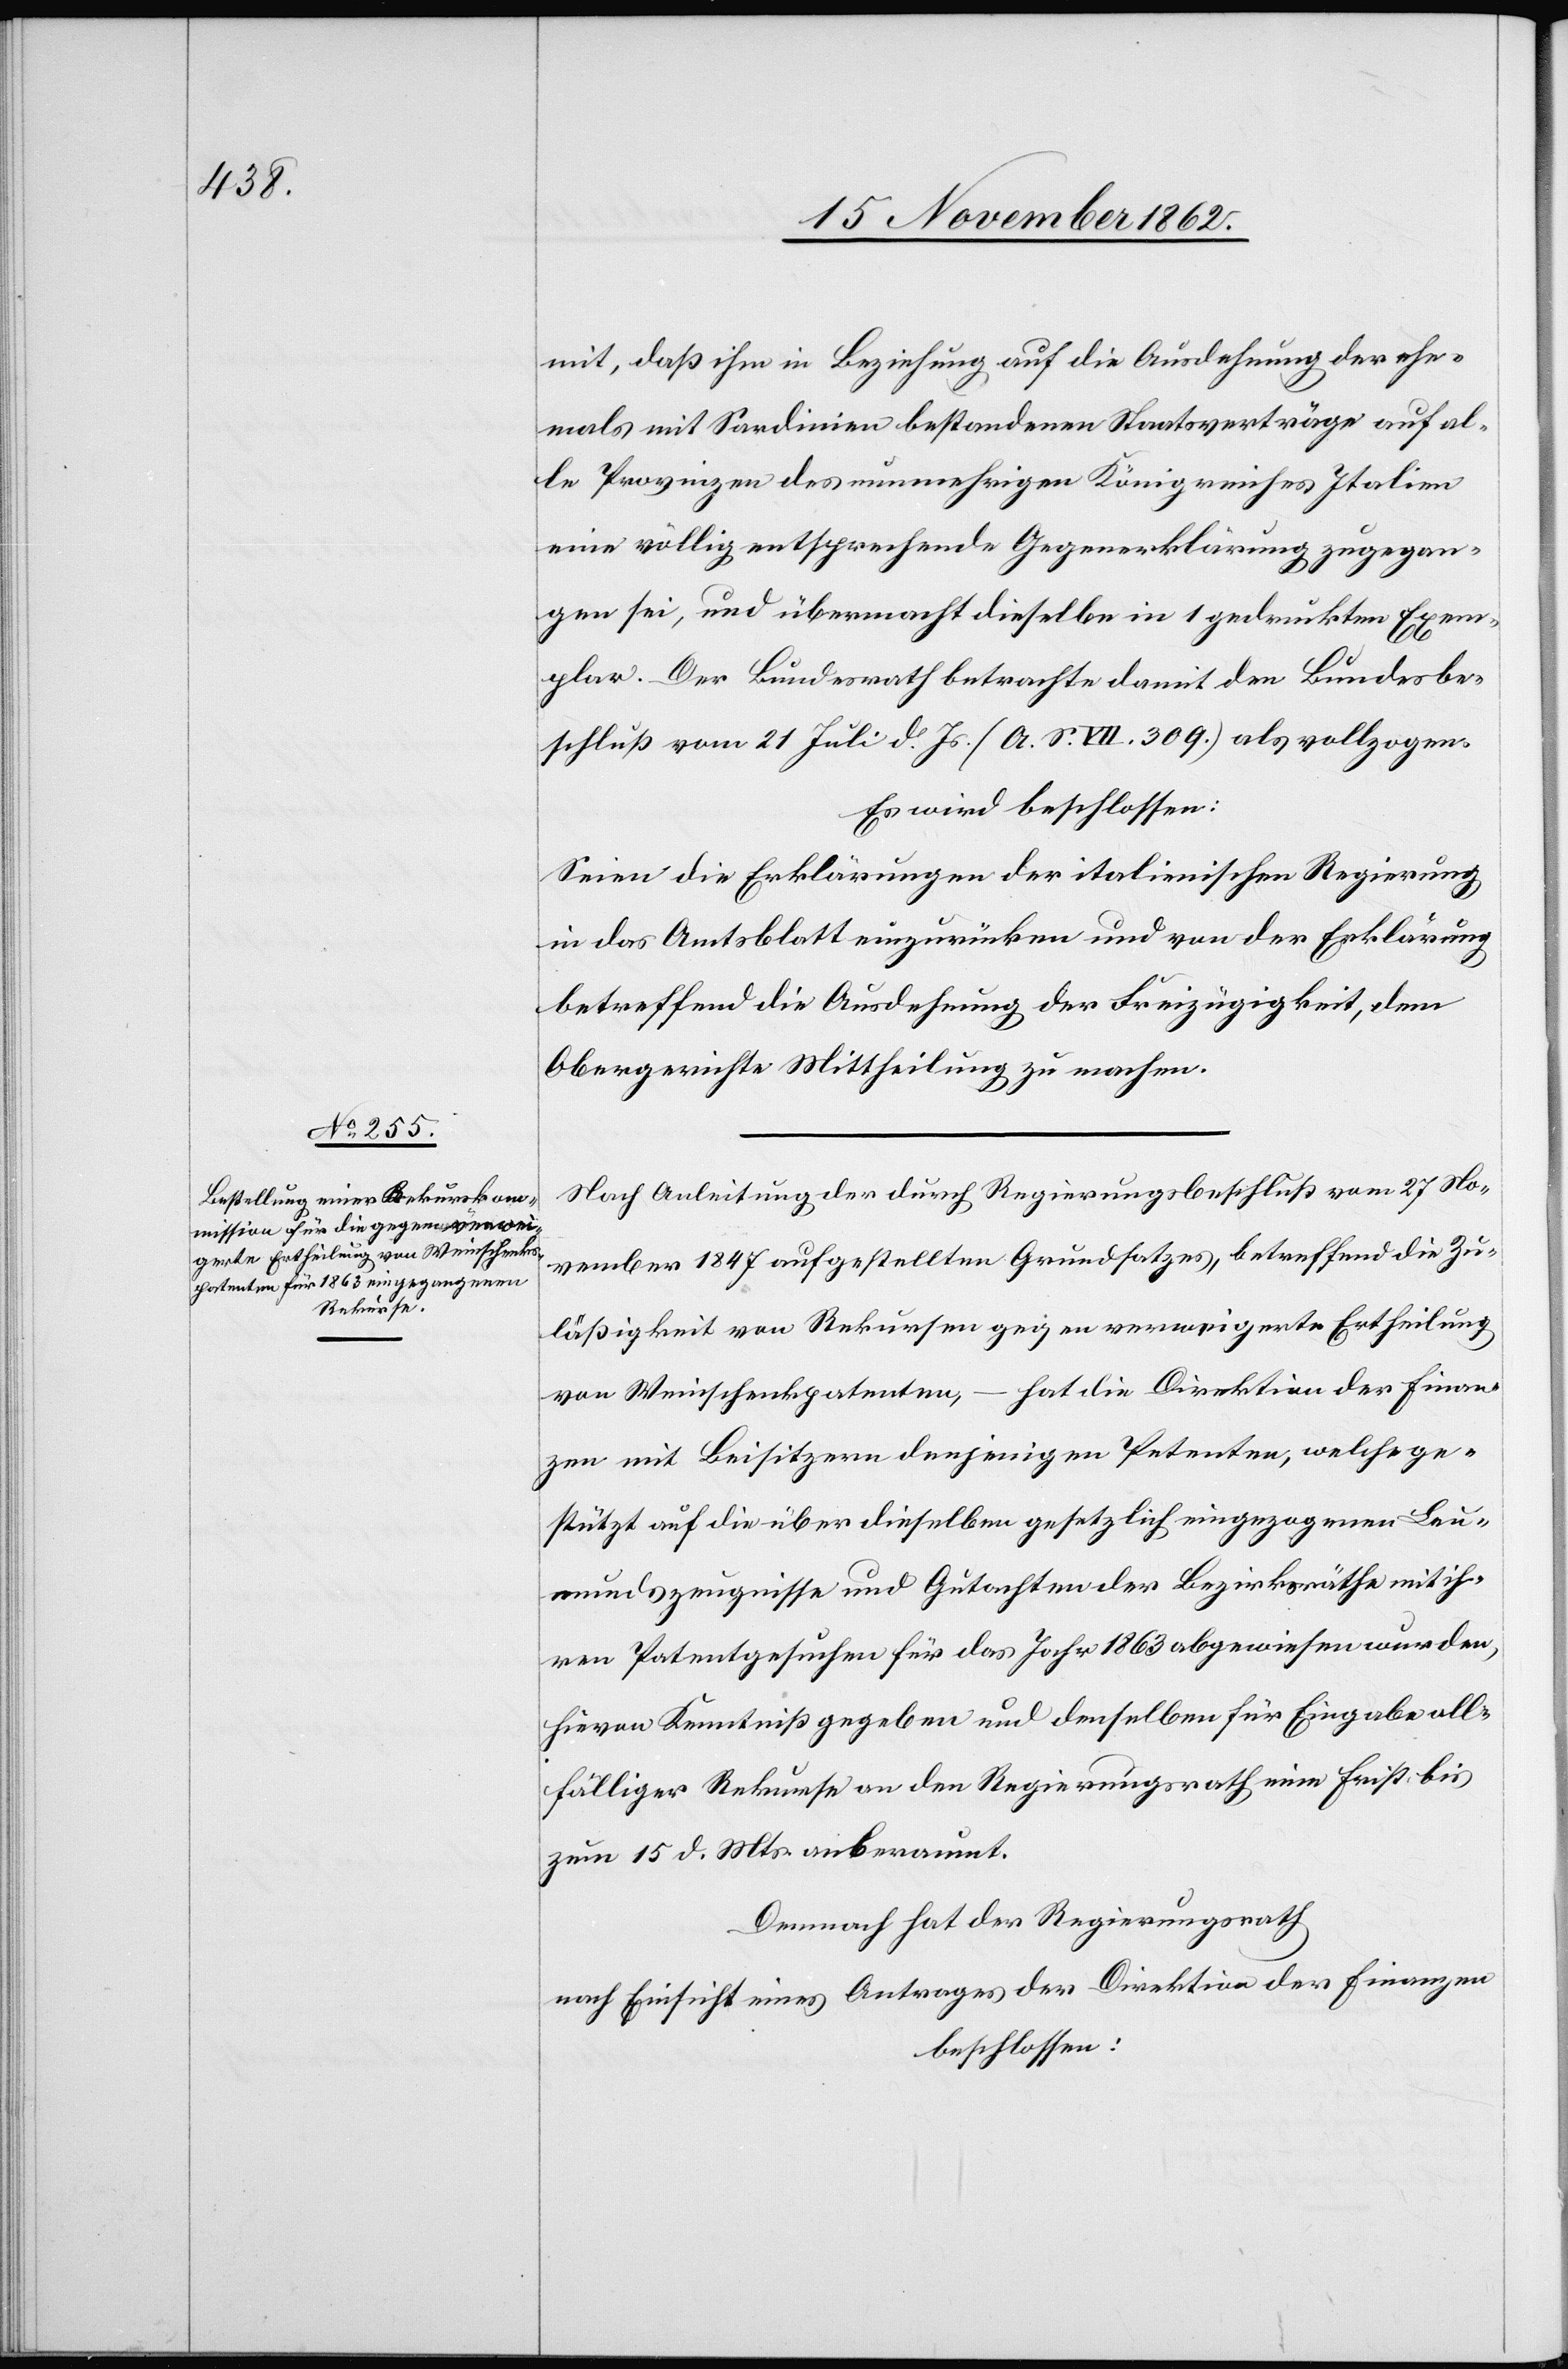
mit, daß ihm in Beziehung auf die Ausdehnung der ehe¬
mals mit Sardinien bestandenen Staatsverträge auf al¬
le Provinzen des nunmehrigen Königreiches Italien
eine völlig entsprechende Gegenerklärung zugegan¬
gen sei, und übermacht dieselbe in 1 gedruckten Exem¬
plar. Der Bundesrath betrachte damit den Bundesbe¬
schluß vom 21. Juli d. Js. (A. S. VII 3609) als vollzogen.
Es wird beschlossen:
Seien die Erklärungen der italienischen Regierung
in das Amtsblatt einzurücken und von der Erklärung
betreffend die Ausdehnung der Freizügigkeit, dem
Obergerichte Mittheilung zu machen.
Nach Anleitung der durch Regierungsbeschluß vom 27. No¬
vember 1847 aufgestellten Grundsatzes, betreffend die Zu¬
läßigkeit von Rekursen gegen verweigerte Ertheilung
von Weinschenkpatenten, – hat die Direktion der Finan¬
zen mit Beisitzern denjenigen Petenten, welche ge¬
stützt auf die über dieselben gesetzlich eingezogenen Leu¬
mundszeugnisse und Gutachten der Bezirksräthe mit ih¬
ren Patentgesuchen für das Jahr 1863 abgewiesen wurden,
hievon Kenntniß gegeben und denselben für Eingabe all¬
fälliger Rekurse an den Regierungsrath eine Frist bis
zum 15. d. Mts. anberaumt.
Demnach hat der Regierungsrath
nach Einsicht eines Antrages der Direktion der Finanzen
beschlossen: